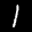
Label: 1